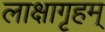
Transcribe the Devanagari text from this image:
लाक्षागृहम्